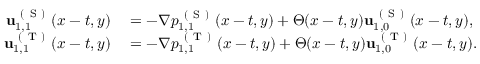
\begin{array} { r l } { \mathbf { u } _ { 1 , 1 } ^ { \mathrm { ~ ( ~ S ~ ) ~ } } ( x - t , y ) } & { { } = - \nabla p _ { 1 , 1 } ^ { \mathrm { ~ ( ~ S ~ ) ~ } } ( x - t , y ) + \Theta ( x - t , y ) \mathbf { u } _ { 1 , 0 } ^ { \mathrm { ~ ( ~ S ~ ) ~ } } ( x - t , y ) , } \\ { \mathbf { u } _ { 1 , 1 } ^ { \mathrm { ~ ( ~ T ~ ) ~ } } ( x - t , y ) } & { { } = - \nabla p _ { 1 , 1 } ^ { \mathrm { ~ ( ~ T ~ ) ~ } } ( x - t , y ) + \Theta ( x - t , y ) \mathbf { u } _ { 1 , 0 } ^ { \mathrm { ~ ( ~ T ~ ) ~ } } ( x - t , y ) . } \end{array}